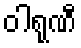
ဝါရုဏီ